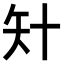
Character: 𥎧